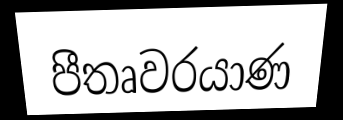
පීතෘවරයාණ